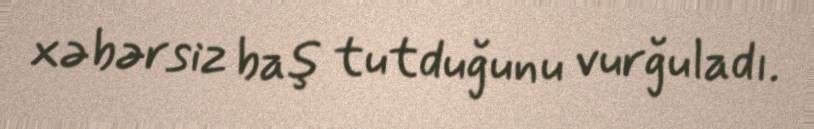
xəbərsiz baş tutduğunu vurğuladı.